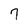
Character: 7